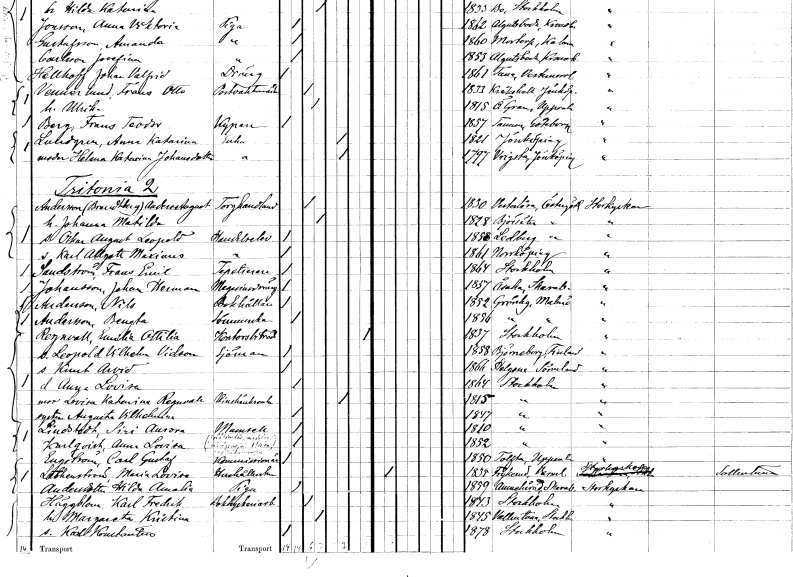
gt_parse: households: individuals: FN: Anders August
EN: Andersson Brandtberg
YRKE: Torghandlare
KON: M
CIV: G
FODAR: 1830
FODFORS: Västerlösa Östergötlands län
FN: Johanna Matilda
KON: K
CIV: G
FODAR: 1828
FODFORS: Björsäter Östergötlands län
FN: Oskar August Leopold
YRKE: Handelselev
KON: M
CIV: O
FODAR: 1858
FODFORS: Ledberg Östergötlands län
FN: Karl Allgott Maxinus
YRKE: Handelselev
KON: M
CIV: O
FODAR: 1861
FODFORS: Norrköping Östergötlands län
FN: Frans Emil
EN: Sandström
YRKE: Tapetserare
KON: M
CIV: O
FODAR: 1864
FODFORS: Stockholm
FN: Johan Herman
EN: Johansson
YRKE: Magasindräng
KON: M
CIV: O
FODAR: 1857
FODFORS: Åsaka Skaraborgs län
FN: Nils
EN: Andersson
YRKE: Bokhållare
KON: M
CIV: O
FODAR: 1852
FODFORS: Grönby Malmöhus län
FN: Bengta
EN: Andersson
YRKE: Sömmerska
KON: K
CIV: O
FODAR: 1856
FODFORS: Grönby Malmöhus län
FN: Emilia Ottilia
EN: Regnvall
YRKE: Kontorsbiträde
KON: K
CIV: X
FODAR: 1837
FODFORS: Stockholm
FN: Leopold Vilhelm Videon
YRKE: Sjöman
KON: M
CIV: O
FODAR: 1858
FN: Knut Arvid
KON: M
CIV: O
FODAR: 1866
FODFORS: Helgona Södermanlands län
FN: Anna Lovisa
KON: K
CIV: O
FODAR: 1864
FODFORS: Stockholm
FN: Lovisa Katarina
EN: Regnvall
YRKE: Vinskänksänka
KON: K
CIV: E
FODAR: 1815
FODFORS: Stockholm
FN: Augusta Vilhelmina
KON: K
CIV: O
FODAR: 1847
FODFORS: Stockholm
FN: Siri Aurora
EN: Lindstedt
KON: K
CIV: O
FODAR: 1810
FODFORS: Stockholm
FN: Anna Sofia
EN: Karlqvist
KON: K
CIV: O
FODAR: 1852
FODFORS: Stockholm
FN: Carl Gustaf
EN: Engström
YRKE: Kommissionär
KON: M
CIV: O
FODAR: 1850
FODFORS: Tolfta Uppsala län
FN: Maria Lovisa
EN: Löthenström
YRKE: Hushållerska
KON: K
CIV: O
FODAR: 1855
FODFORS: Frykerud Värmlands län
FN: Hilda Amalia
EN: Andersdotter
YRKE: Piga
KON: K
CIV: O
FODAR: 1859
FODFORS: Amnehärad Skaraborgs län
FN: Karl Fredrik
EN: Häggblom
YRKE: Boktryckeriarbetare
KON: M
CIV: G
FODAR: 1843
FODFORS: Stockholm
FN: Margareta Kristina
KON: K
CIV: G
FODAR: 1845
FODFORS: Vallentuna Stockholms län
FN: Karl Konstantin
KON: M
CIV: O
FODAR: 1878
FODFORS: Stockholm